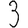
Digit: 3